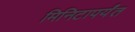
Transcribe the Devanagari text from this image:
मिनिटापर्यंत